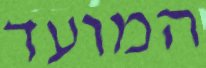
המועד